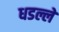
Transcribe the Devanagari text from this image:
धडल्लें